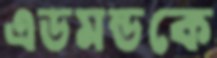
এডমন্ডকে